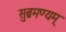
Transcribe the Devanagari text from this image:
सुब्रमण्यम्